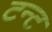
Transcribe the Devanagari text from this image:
टन्ट